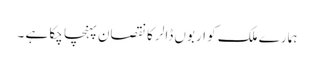
ہمارے ملک کو اربوں ڈالر کا نقصان پہنچا چکا ہے ۔